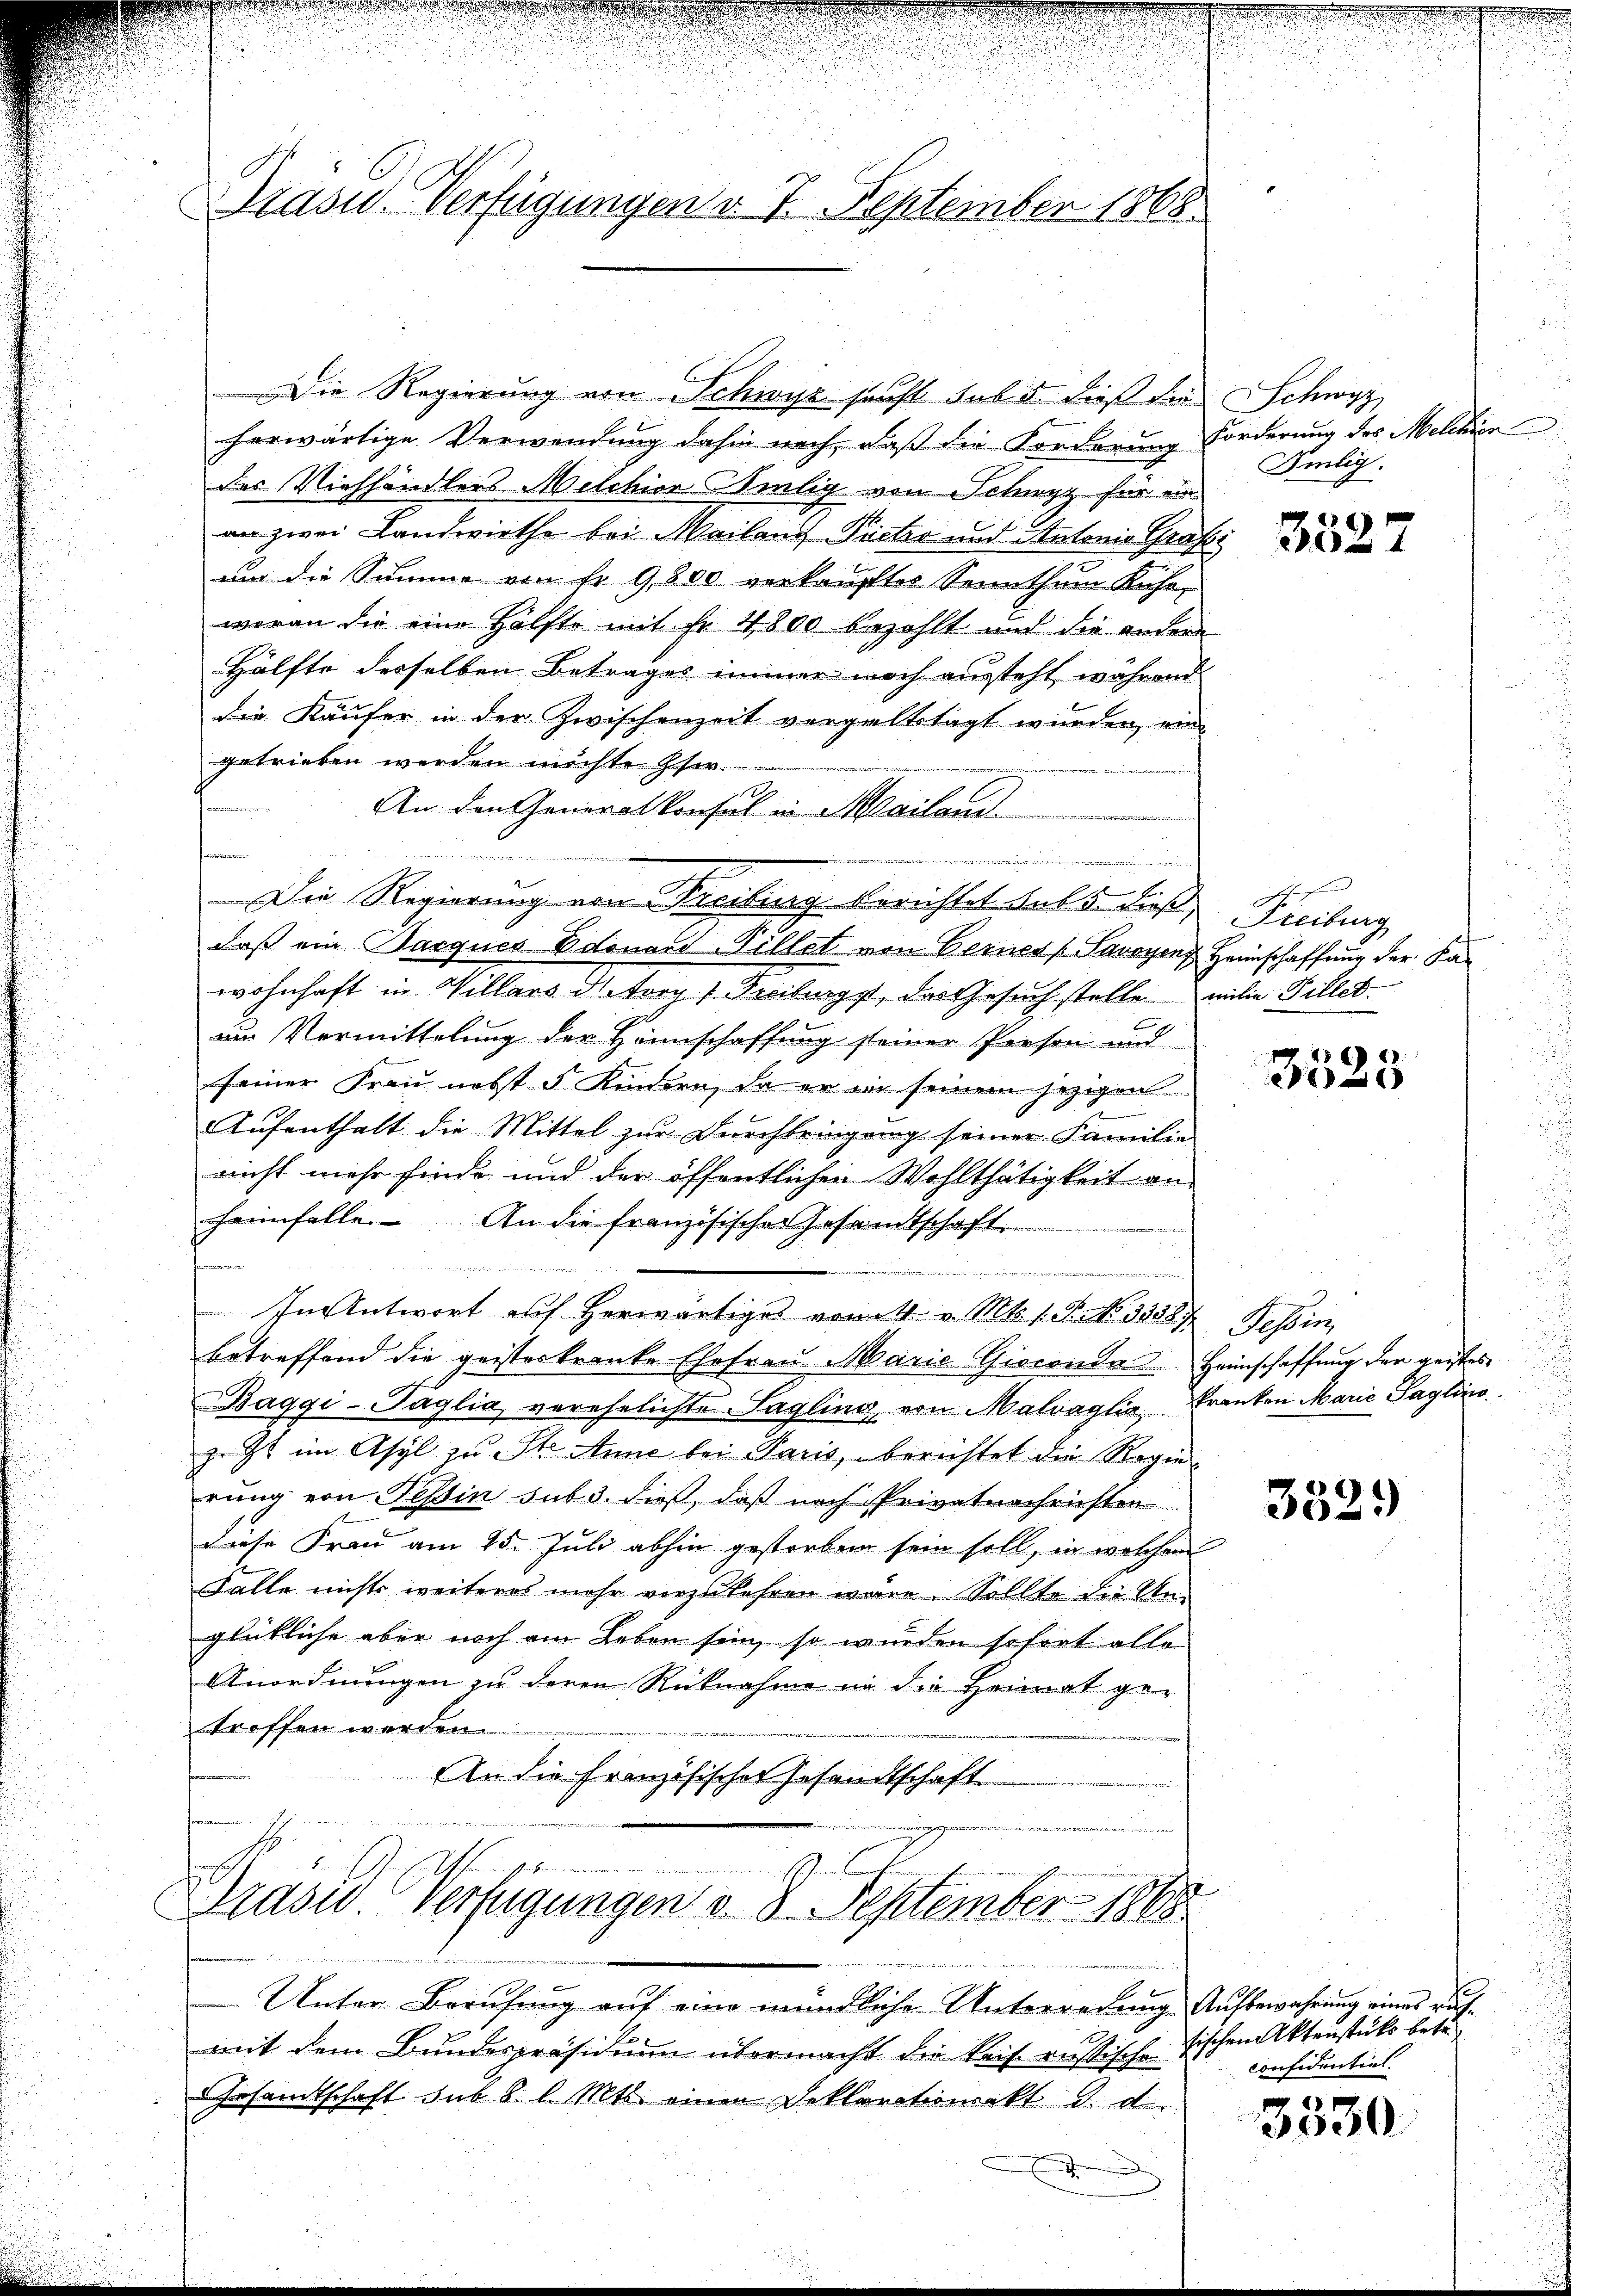
Präsid. Verfügungen d. 7. September 1868.

Die Regierung von Schwyz sanft sub 5. dieß die Schwyz
herwärtige Verwendung dahin nach, daß die Forderung Forderung des Militier-
des Viehhändlers Melchior Silig von Schwyz für ein
an zwei Landwirthe bei Mailand Pacter und Antonio Grafe
um die Summe von fr. 9800 verkauftes Sennthum Kuhr-
woran die eine Hälfte mit Fr. 4800 bezahlt und die andern
Hälfte desselben Betrages immer noch aussteht, während
Die Käufer in der Zwischenzeit vergaltstagt wurden, ein
getrieben werden möchte ser
An der Generalkonsul in Mailand
iver
u
daß ein Parques Edouard Pillet von Bernes Savoyens Heimschaffung der Kawohnhaft in Villars d. Torg Freiligst, das Gesuch stelle milie Tilletum Vermittelung der Hannschaffung seiner Person und
seiner Frau nebst 5 Kindern, da er in seinem jezigen
Aufenthalt die Mittel zur Durchbringung seiner Familie
nicht mehr finde und der öffentlichen Wohlthätigkeit an
heimfalle. An die französischer Gesamtschaft

e
In Antwort auf herwärtiges vom 4. v. Mts. 1. P. Nr. 35587 Tessin,
betreffend die geisterkranke Ehefrau Marie Giaconder Heinschaffung der geistes
Baggi-Paglia verehelichte Sagling von Malvaglia Franken Marie Paglino
z. Zt. im Asyl zu St. Anne bei Paris, berichtet die Regierung von Tessin sub 3. dieß, daß nach Privatnachrichten
Diese Frau am 25. Juli abhin gestorben sein soll, in welchen
Falle nichts weiteres mehr vorzukehren wären. Sollte der Un-
glückliche aber noch am Leben sein, so wurden sofort alle
Anordnungen zu deren Rücknahme in die Heimat getroffen werden.
An die französischer Gesandtschaft

Die Regierung von Freibung Berichtet das 5 die Freiburg

wie wegen
Präsid. Verfügungen d. 8. September 1868

Unter Berufung auf eine mündliche Unterredung Aufbewahrung eines ruhmit dem Bundespräsidium übermacht die Reis russische
Gesamtschaft sub 8 l. Mts. einen Deklarationsakt d. d.
)

Selig.

3527

1

48
.
2

352.

sischen Aktenstücks betr
confidentiel.

2 x
0